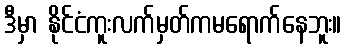
ဒီမှာ နိုင်ငံကူးလက်မှတ်ကမရောက်နေဘူး။